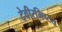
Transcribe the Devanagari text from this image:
देवीरभिष्टय